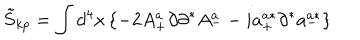
\tilde { S } _ { k p } = \int d ^ { 4 } x \left\{ - 2 A _ { + } ^ { a } \partial \partial ^ { * } A _ { -- } ^ { a } i a _ { + } ^ { a * } \partial ^ { * } a _ { - } ^ { a * } \right\}